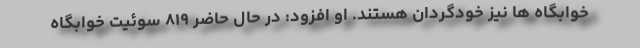
خوابگاه ها نیز خودگردان هستند. او افزود: در حال حاضر ۸۱۹ سوئیت خوابگاه